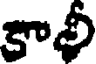
కాలీ